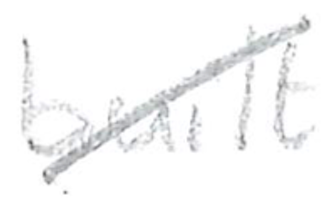
Text: built
Cross-out: diagonal
Writing tool: pencil